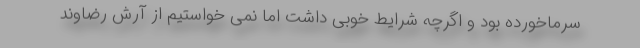
سرماخورده بود و اگرچه شرایط خوبی داشت اما نمی خواستیم از آرش رضاوند